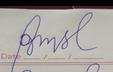
Signature authenticity: forged